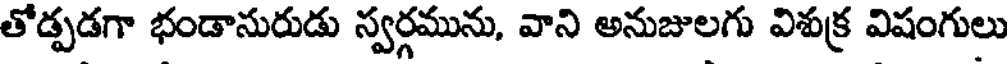
తోడ్పడగా భండానురుడు స్వర్గమును, వాని అనుజులగు విశుక్ర విషంగులు